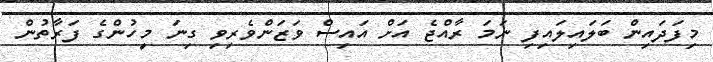
މިފަދައިން ބަލައިލައިފި ނަމަ ރާއްޖެ އަށް އައިސް ވަޒަންވެރިވި ގިނަ މީހުންގެ ފަރާތުން